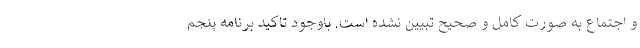
و اجتماع به صورت کامل و صحیح تبیین نشده است. باوجود تاکید برنامه پنجم